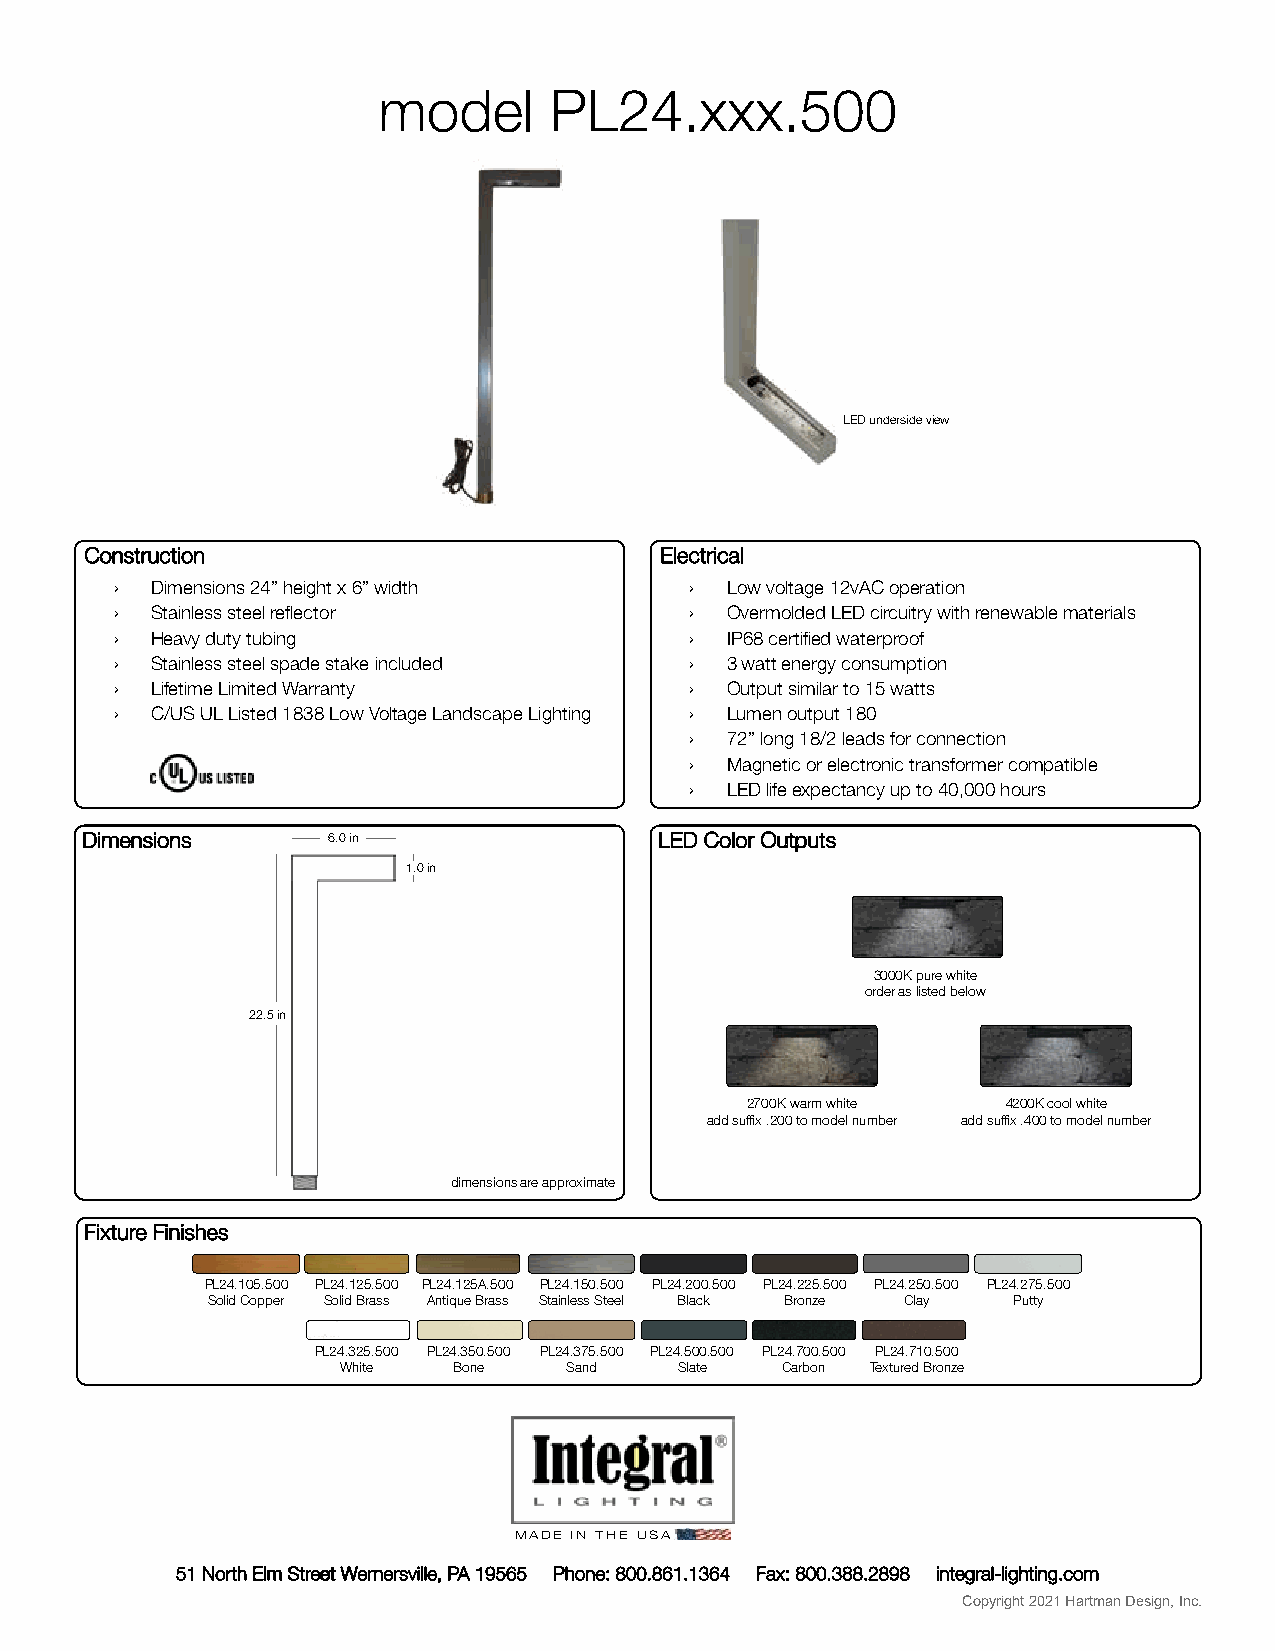
model      PL24.xxx.500
 LED underside view
 Construction                          Electrical
 › Dimensions 24” height x 6” width    › Low voltage 12vAC operation
 › Stainless steel reflector           › Overmolded LED circuitry with renewable materials
 › Heavy duty tubing                   › IP68 certified waterproof
 › Stainless steel spade stake included › 3 watt energy consumption
 › Lifetime Limited Warranty           › Output similar to 15 watts
 › C/US UL Listed 1838 Low Voltage Landscape Lighting › Lumen output 180
 › 72” long 18/2 leads for connection
 › Magnetic or electronic transformer compatible
 › LED life expectancy up to 40,000 hours
 Dimensions       6.0 in                LED Color Outputs
 1.0 in
 3000K pure white
 order as listed below
 22.5 in
 2700K warm white  4200K cool white
 add suffix .200 to model number add suffix .400 to model number
 dimensions are approximate
 Fixture Finishes
 PL24.105.500 PL24.125.500 PL24.125A.500 PL24.150.500 PL24.200.500 PL24.225.500 PL24.250.500 PL24.275.500
 Solid Copper Solid Brass Antique Brass Stainless Steel Black Bronze Clay Putty
 PL24.325.500 PL24.350.500 PL24.375.500 PL24.500.500 PL24.700.500 PL24.710.500
 White  Bone   Sand    Slate  Carbon Textured Bronze
 MADE IN THE USA
 51 North Elm Street Wernersville, PA 19565 Phone: 800.861.1364 Fax: 800.388.2898 integral-lighting.com
 Copyright 2021 Hartman Design, Inc.